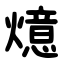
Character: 燱